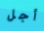
أجل